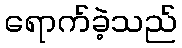
ရောက်ခဲ့သည်